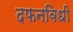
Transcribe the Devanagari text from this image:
दफनविधी